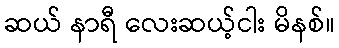
ဆယ် နာရီ လေးဆယ့်ငါး မိနစ်။